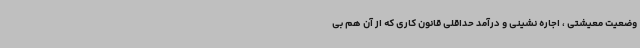
وضعیت معیشتی ، اجاره نشینی و درآمد حداقلی قانون کاری که از آن هم بی